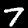
Digit: 7